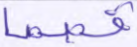
قصصا